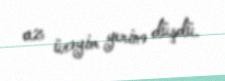
az ürəyim yerinə düşdü.